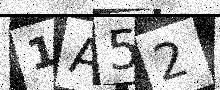
Text: 1A52